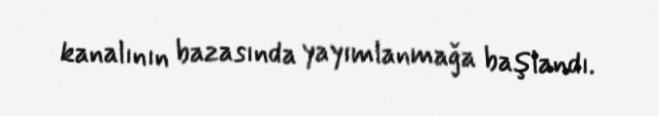
kanalının bazasında yayımlanmağa başlandı.